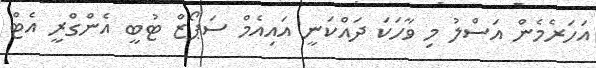
އަހަރެމެން އަސްލު މި ވާހަކަ ދައްކަނީ އައިއެމް ސަޕޯޒް ޓުބީ އެންގްރީ އެޓް